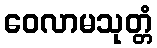
ဝေလာမသုတ္တံ